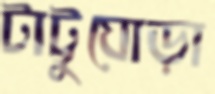
টাট্টুঘোড়া